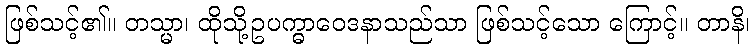
ဖြစ်သင့်၏။ တသ္မာ၊ ထိုသို့ဥပက္ဓာဝေဒနာသည်သာ ဖြစ်သင့်သော ကြောင့်။ တာနိ၊